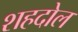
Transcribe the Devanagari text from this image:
शहदोल